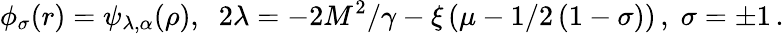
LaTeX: \phi_{\sigma}(r)=\psi_{\lambda,\alpha}(\rho),\; \; 2\lambda=-2M^{2}/\gamma-\xi\left(\mu-1/2\left(1-\sigma\right)\right)\, ,\; \sigma=\pm 1\, .